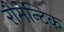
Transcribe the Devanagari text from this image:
रौमेन्टिक